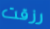
رزقت